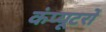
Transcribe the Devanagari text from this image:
कंप्‍यूटरों